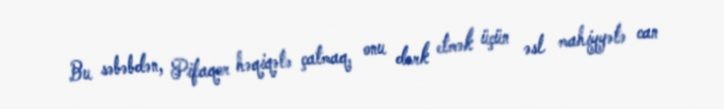
Bu səbəbdən, Pifaqor həqiqətə çatmaq, onu dərk etmək üçün əsl mahiyyətə can